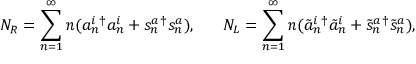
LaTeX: N _ { R } = \sum _ { n = 1 } ^ { \infty } n ( a _ { n } ^ { i } { } ^ { \dagger } a _ { n } ^ { i } + s _ { n } ^ { a } { } ^ { \dagger } s _ { n } ^ { a } ) , ~ ~ ~ ~ ~ N _ { L } = \sum _ { n = 1 } ^ { \infty } n ( \tilde { a } _ { n } ^ { i } { } ^ { \dagger } \tilde { a } _ { n } ^ { i } + \tilde { s } _ { n } ^ { a } { } ^ { \dagger } \tilde { s } _ { n } ^ { a } ) ,